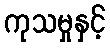
ကုသမှုနှင့်